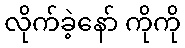
လိုက်ခဲ့နော် ကိုကို